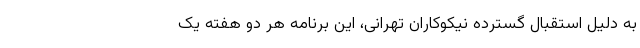
به دلیل استقبال گسترده نیکوکاران تهرانی، این برنامه هر دو هفته یک